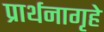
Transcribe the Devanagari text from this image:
प्रार्थनागृहे